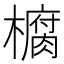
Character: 𭬙